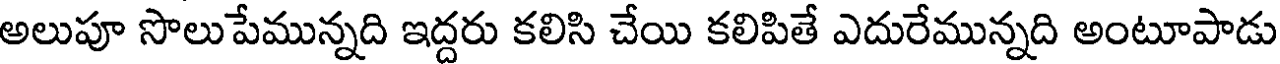
అలుపూ సొలుపేమున్నది ఇద్దరు కలిసి చేయి కలిపితే ఎదురేమున్నది అంటూపాడు